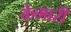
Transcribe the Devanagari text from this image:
केमारी